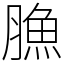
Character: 䐳